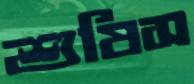
শুষিস